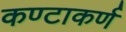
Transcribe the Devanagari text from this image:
कण्टाकर्ण